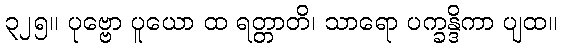
၃၂၅။ ပုဗ္ဗော ပူယော ထ ရတ္တာတိ၊ သာရော ပက္ခန္ဒိကာ ပျထ။